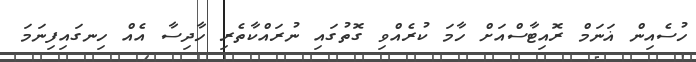
ހުސެއިން ޣަނަމް ރޮއިޓާސްއަށް ހާމަ ކުރެއްވި ގޮތުގައި ނުރައްކާތެރި ހާދިސާ އެއް ހިނގައިފިނަމަ